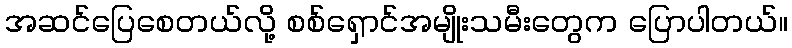
အဆင်ပြေစေတယ်လို့ စစ်ရှောင်အမျိုးသမီးတွေက ပြောပါတယ်။